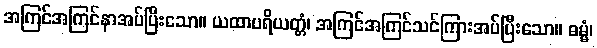
အကြင်အကြင်နာအပ်ပြီးသော။ ယထာပရိယတ္တံ၊ အကြင်အကြင်သင်ကြားအပ်ပြီးသော။ ဓမ္မံ၊